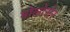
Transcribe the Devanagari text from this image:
मोलोसेर